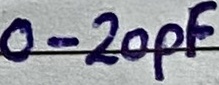
Text: 0-20pF